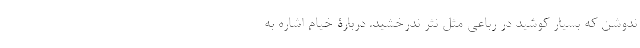
ندوشن که بسیار کوشید در رباعی مثل نثر ندرخشید. دربارۀ خیام اشاره به